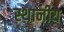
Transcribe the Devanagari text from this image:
स्थानीय